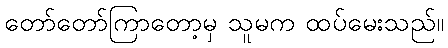
တော်တော်ကြာတော့မှ သူမက ထပ်မေးသည်။